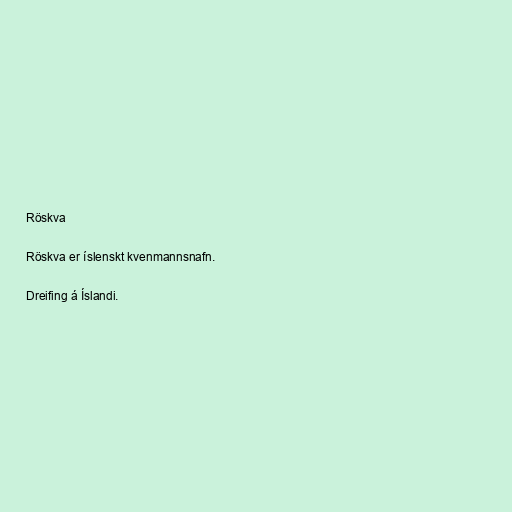
Röskva

Röskva er íslenskt kvenmannsnafn.

Dreifing á Íslandi.